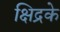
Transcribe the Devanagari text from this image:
क्षिद्रके